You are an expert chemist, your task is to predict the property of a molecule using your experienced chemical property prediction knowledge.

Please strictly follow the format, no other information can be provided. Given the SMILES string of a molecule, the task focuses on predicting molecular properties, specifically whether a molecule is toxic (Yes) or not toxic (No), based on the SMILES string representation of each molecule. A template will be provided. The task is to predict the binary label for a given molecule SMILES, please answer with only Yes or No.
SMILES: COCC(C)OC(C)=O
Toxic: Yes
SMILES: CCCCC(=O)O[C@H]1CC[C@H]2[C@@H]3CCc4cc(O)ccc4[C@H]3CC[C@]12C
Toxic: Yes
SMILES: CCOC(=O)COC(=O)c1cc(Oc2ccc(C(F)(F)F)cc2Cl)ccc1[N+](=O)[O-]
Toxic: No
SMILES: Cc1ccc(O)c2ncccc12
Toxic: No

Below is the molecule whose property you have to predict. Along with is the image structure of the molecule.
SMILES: O=C(CBr)Nc1ccc(Cl)cc1C(=O)c1ccccc1F
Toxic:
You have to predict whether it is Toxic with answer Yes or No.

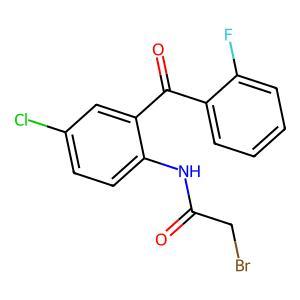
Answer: No